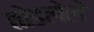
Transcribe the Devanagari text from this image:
तोडलेले